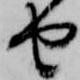
由